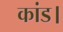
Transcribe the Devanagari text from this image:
कांड।